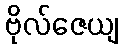
ဗိုလ်ဇေယျ